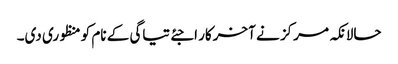
حالانکہ مرکز نے آخرکار اجئے تیاگی کے نام کو منظوری دی۔